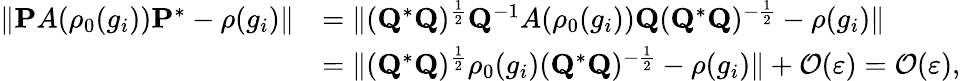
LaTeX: \begin{array}{rl}{\| \mathbf{P}A(\rho_{0}(g_{i}))\mathbf{P}^{*}-\rho(g_{i})\| }&{=\| (\mathbf{Q}^{*}\mathbf{Q})^{\frac{1}{2}}\mathbf{Q}^{-1}A(\rho_{0}(g_{i}))\mathbf{Q}(\mathbf{Q}^{*}\mathbf{Q})^{-\frac{1}{2}}-\rho(g_{i})\| }\\ &{=\| (\mathbf{Q}^{*}\mathbf{Q})^{\frac{1}{2}}\rho_{0}(g_{i})(\mathbf{Q}^{*}\mathbf{Q})^{-\frac{1}{2}}-\rho(g_{i})\| +\mathcal{O}(\varepsilon)=\mathcal{O}(\varepsilon),}\end{array}